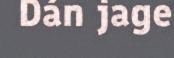
Dán jage